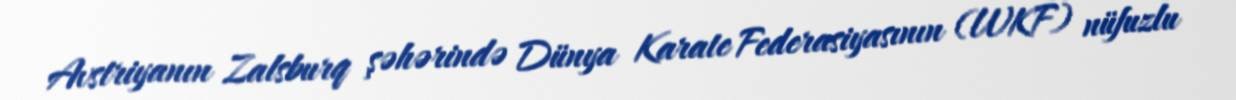
Avstriyanın Zalsburq şəhərində Dünya Karate Federasiyasının (WKF) nüfuzlu